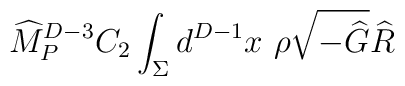
{\widehat M}_P^{D-3} C_2 \int_\Sigma d^{D-1} x ~\rho\sqrt{-{\widehat G}} {\widehat R}